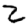
Digit: 2